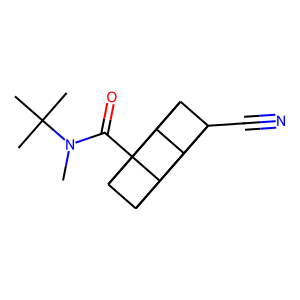
SMILES: CN(C(=O)C12C3C4C1C1C2C3C41C#N)C(C)(C)C
Inhibits HIV replication: No